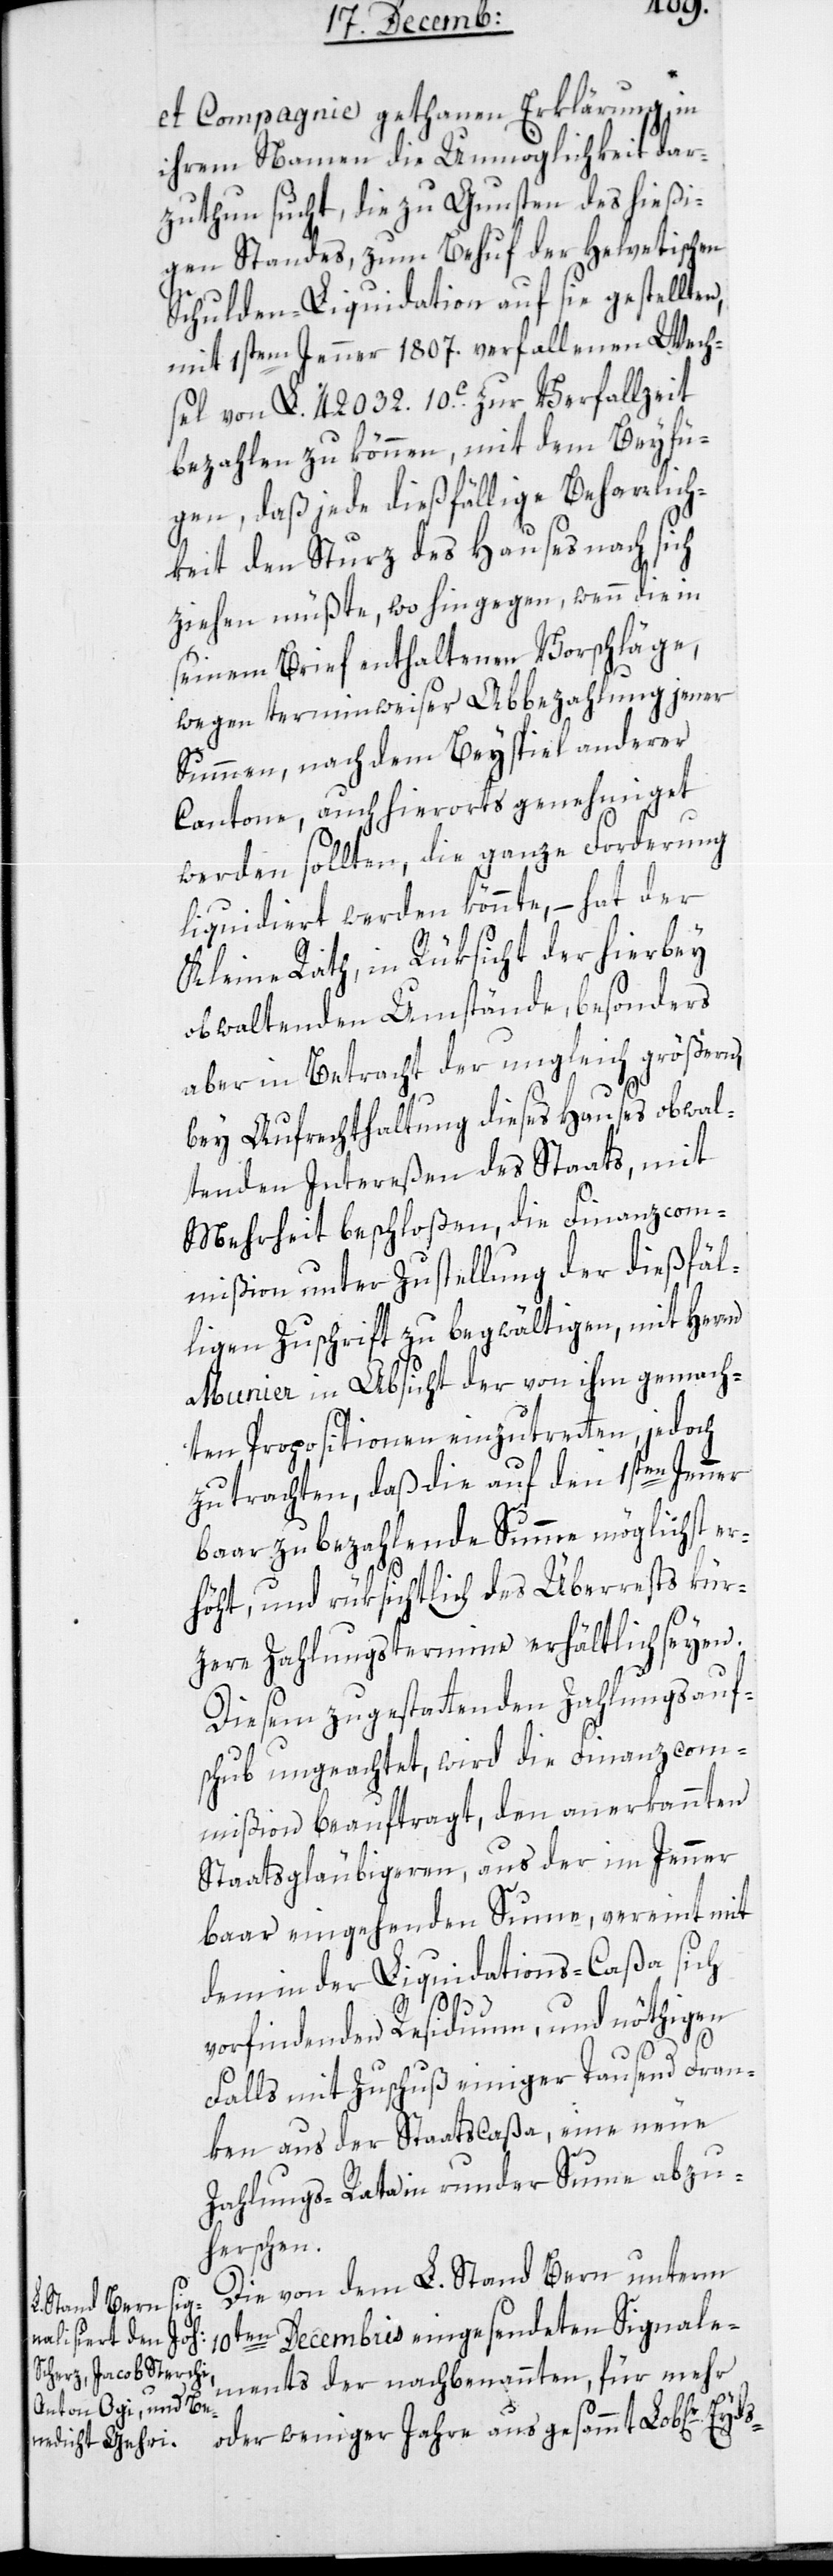
et Compagnie gethanen Erklärung, in
ihrem Namen die Unmöglichkeit dar¬
zuthun sucht, die zu Gunsten des hießi¬
gen Standes, zum Behuf der Helvetischen
Schulden-Liquidation auf sie gestellten,
mit 1sten Jenner 1807. verfallenen Werch¬
sel von L. 42 032 10. c. zur Verfallzeit
bezahlen zu können, mit dem Beyfü¬
gen, daß jede dießfällige Beharlich¬
keit den Sturz des Hauses nach sich
ziehen müßte, wo hingegen, wenn die in
seinem Brief enthaltenen Vorschläge,
wegen terminweiser Abbezahlung jener
Summen, nach dem Beyspiel anderer
Cantone, auch hierorts genehmiget
werden sollten, die ganze Forderung
liquidiert werden könnte, – hat der
Kleine Rath, in Rüksicht der hierbey
obwaltenden Umstände, besonders
aber in Betracht der ungleich größern,
bey Aufrechthaltung dieses Hauses obwal¬
tenden Intereßen des Staats, mit
Mehrheit beschloßen, die Finanzcom¬
mißion unter Zustellung der dießfäl¬
ligen Zuschrift zu begwältigen, mit Herrn
Munier in Absicht der von ihm gemach¬
ten Propositionen einzutreten, jedoch
zu trachten, daß die auf den 1sten Jenner
bar zu bezahlende Summe möglichst er¬
höht, und rüksichtlich des Überrests kür¬
zere Zahlungstermine erhältlich seyen.
Diesem zu gestattenden Zahlungsauf¬
schub ungeachtet, wird die Finanzcom¬
mißion beauftragt, den anerkannten
Staatsgläubigern, aus der im Jenner
bar eingehenden Summe, vereint mit
dem in der Liquidations-Caßa sich
vorfindenden Residuum und nöthigen
Falls mit Zuschuß einiger tausend Fran¬
ken aus der Staatscaßa, eine neue
Zahlungs-Rata in runder Summe abzu¬
herschen.
Die von dem L. Stand Bern unterm
10ten Decembris eingesendeten Signale¬
ments der nachbenannten, für mehr
oder weniger Jahre aus gesammt Lob[liche]r